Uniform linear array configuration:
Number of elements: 32
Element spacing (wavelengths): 0.75
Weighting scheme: blackman
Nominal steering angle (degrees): -45
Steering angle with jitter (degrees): -45.512
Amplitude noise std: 0.05
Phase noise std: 0.05

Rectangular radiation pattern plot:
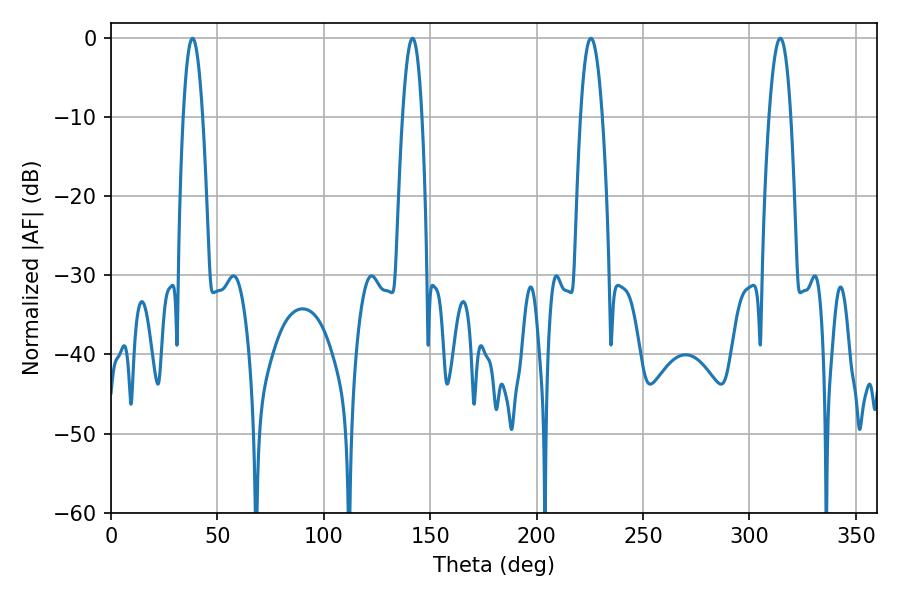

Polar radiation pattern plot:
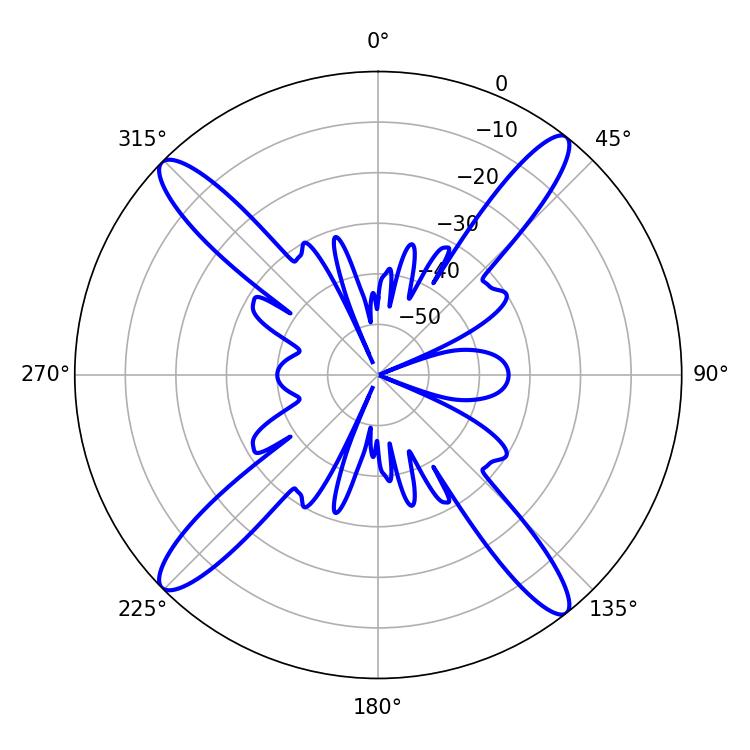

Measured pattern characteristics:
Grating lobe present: TRUE
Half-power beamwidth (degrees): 5.58
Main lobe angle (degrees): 314.46